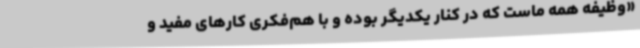
«وظیفه همه ماست که در کنار یکدیگر بوده و با هم‌فکری کارهای مفید و